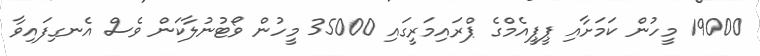
19000 މީހުން ކަމަށާއި ޕީޕީއެމްގެ ޕްރައިމަރީގައި 35000 މީހުން ވޯޓުނުލާކަން ވެސް އެނގިފައިވާ